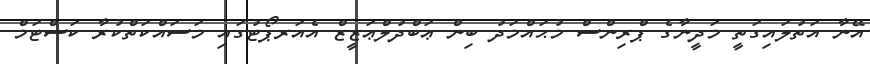
އޭނާ އަތުލައިގަތީ މަދީނާގެ ޕްރިންސް މުޙައްމަދު ބިން ޢަބްދުލްޢަޒީޒް އެއަރޕޯޓުގައި މަސައްކަތްކުރާ ކަސްޓަމް